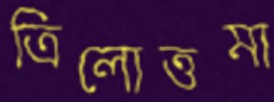
ত্রিলোত্তমা